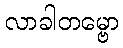
လာခါတမ္ဗော